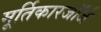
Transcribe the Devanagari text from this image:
मूर्तिकारजॉर्ज